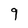
Character: 9